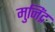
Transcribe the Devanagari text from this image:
मुनिंद्र